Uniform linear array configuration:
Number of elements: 48
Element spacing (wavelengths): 0.25
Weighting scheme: kaiser
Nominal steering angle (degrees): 15
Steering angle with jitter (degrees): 14.359
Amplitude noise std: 0.05
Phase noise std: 0.05

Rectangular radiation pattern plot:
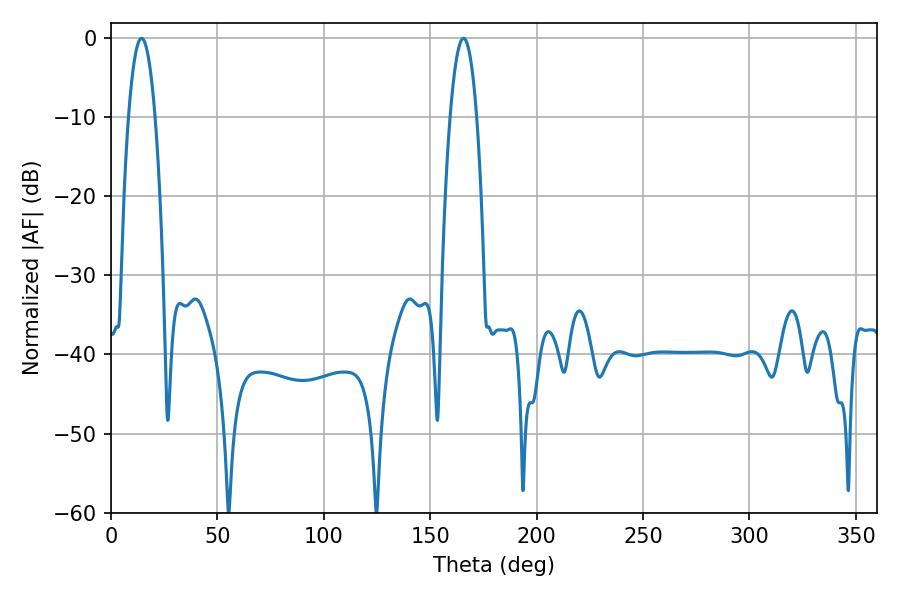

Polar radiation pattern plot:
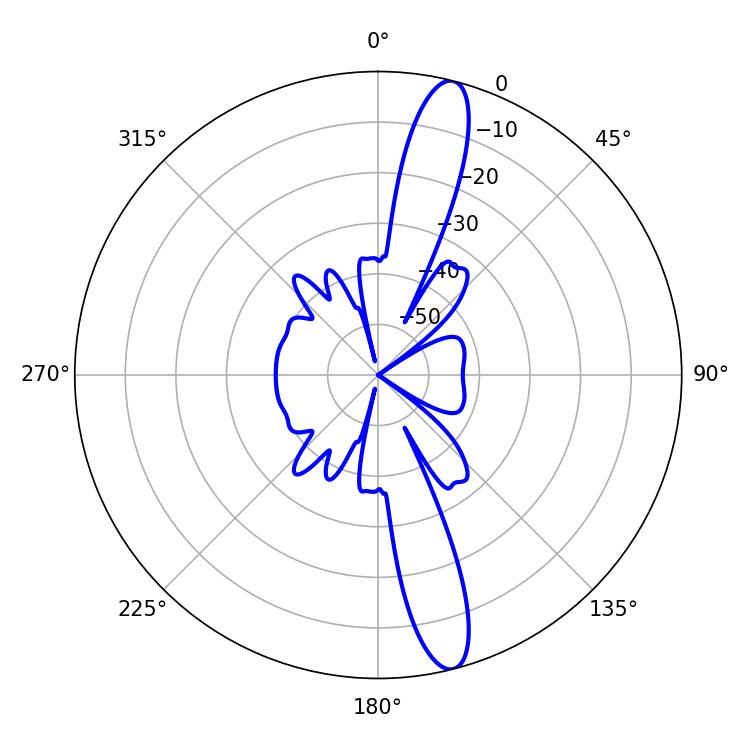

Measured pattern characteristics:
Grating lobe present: FALSE
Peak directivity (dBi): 14.923
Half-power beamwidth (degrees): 6.84
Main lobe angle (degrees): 14.4